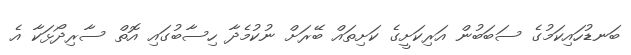
ބަނޑުހައިކަމުގެ ސަބަބުން އަރިކަށީގެ ކަށިތައް ބޭރަށް ނުކުމެދާ ހިސާބުގައި އޮތް ސާރިދޯޅަކާ އެ